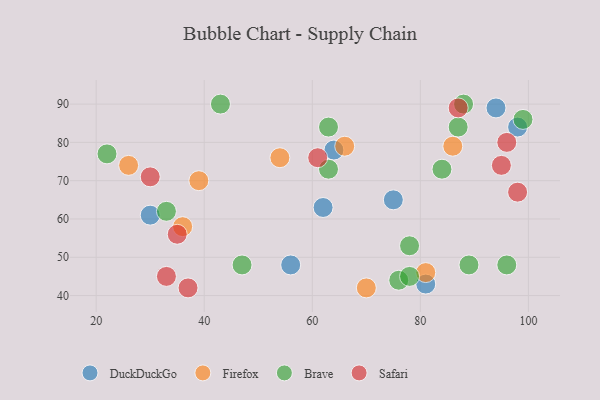
{"axis": {"x": "GDP", "y": "Life Expectancy"}, "legend": ["Brave", "DuckDuckGo", "Firefox", "Safari"], "data": [{"x": "75", "y": 65, "type": "DuckDuckGo"}, {"x": "56", "y": 48, "type": "DuckDuckGo"}, {"x": "98", "y": 84, "type": "DuckDuckGo"}, {"x": "62", "y": 63, "type": "DuckDuckGo"}, {"x": "30", "y": 61, "type": "DuckDuckGo"}, {"x": "94", "y": 89, "type": "DuckDuckGo"}, {"x": "81", "y": 43, "type": "DuckDuckGo"}, {"x": "64", "y": 78, "type": "DuckDuckGo"}, {"x": "70", "y": 42, "type": "Firefox"}, {"x": "86", "y": 79, "type": "Firefox"}, {"x": "26", "y": 74, "type": "Firefox"}, {"x": "36", "y": 58, "type": "Firefox"}, {"x": "39", "y": 70, "type": "Firefox"}, {"x": "54", "y": 76, "type": "Firefox"}, {"x": "81", "y": 46, "type": "Firefox"}, {"x": "66", "y": 79, "type": "Firefox"}, {"x": "47", "y": 48, "type": "Brave"}, {"x": "63", "y": 73, "type": "Brave"}, {"x": "76", "y": 44, "type": "Brave"}, {"x": "43", "y": 90, "type": "Brave"}, {"x": "96", "y": 48, "type": "Brave"}, {"x": "99", "y": 86, "type": "Brave"}, {"x": "87", "y": 84, "type": "Brave"}, {"x": "33", "y": 62, "type": "Brave"}, {"x": "88", "y": 90, "type": "Brave"}, {"x": "63", "y": 84, "type": "Brave"}, {"x": "84", "y": 73, "type": "Brave"}, {"x": "22", "y": 77, "type": "Brave"}, {"x": "78", "y": 53, "type": "Brave"}, {"x": "78", "y": 45, "type": "Brave"}, {"x": "89", "y": 48, "type": "Brave"}, {"x": "33", "y": 45, "type": "Safari"}, {"x": "96", "y": 80, "type": "Safari"}, {"x": "87", "y": 89, "type": "Safari"}, {"x": "37", "y": 42, "type": "Safari"}, {"x": "30", "y": 71, "type": "Safari"}, {"x": "98", "y": 67, "type": "Safari"}, {"x": "61", "y": 76, "type": "Safari"}, {"x": "95", "y": 74, "type": "Safari"}, {"x": "35", "y": 56, "type": "Safari"}]}